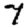
Digit: 7